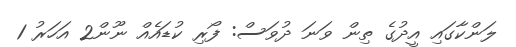
ލަންކާގައި އީދުގެ ތިން ވަނަ ދުވަސް: ފޯރި ކުޑައެއް ނޫން2 އަހަރު 1